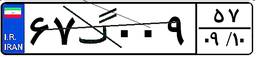
۳۷گ۴۸۱۵۰